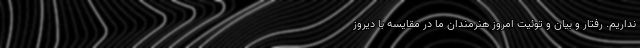
نداریم. رفتار و بیان و توئیت امروز هنرمندان ما در مقایسه با دیروز